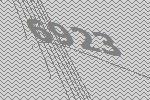
6923